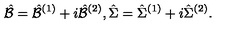
\hat { \cal B } = \hat { \cal B } ^ { ( 1 ) } + i \hat { \cal B } ^ { ( 2 ) } , \hat { \Sigma } = \hat { \Sigma } ^ { ( 1 ) } + i \hat { \Sigma } ^ { ( 2 ) } .